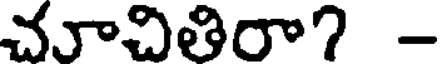
చూచితిరా? -